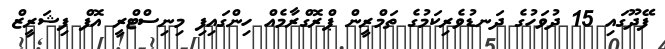
ފޭދޫގައި 15 ދުވަހުގެ ދަނޑުވެރިކަމުގެ ތަމްރީން ޕްރޮގްރާމެއް ހިންގައިފި މިނިސްޓްރީ އޮފް ފިޝަރީޒް